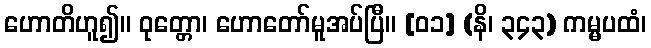
ဟောတိဟူ၍။ ဝုတ္တော၊ ဟောတော်မူအပ်ပြီ။ [၀၁] (နိ၊ ၃၄၃) ကမ္မပထံ၊